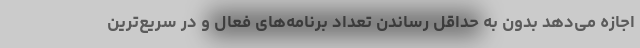
اجازه می‌دهد بدون به حداقل رساندن تعداد برنامه‌های فعال و در سریع‌ترین